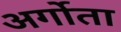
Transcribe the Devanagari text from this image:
अर्गोता